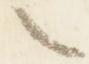
之